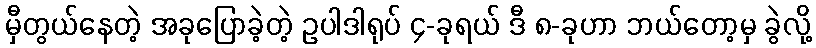
မှီတွယ်နေတဲ့ အခုပြောခဲ့တဲ့ ဥပါဒါရုပ် ၄-ခုရယ် ဒီ ၈-ခုဟာ ဘယ်တော့မှ ခွဲလို့